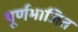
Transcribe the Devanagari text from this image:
पूर्णभाजित